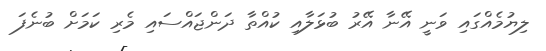
ލިޔުމެއްގައި ވަނީ އޭނާ އޭރު ބުޅަލާއި ކުއްތާ ދަންޖައްސައި މެރި ކަމަށް ބުނެފަ